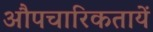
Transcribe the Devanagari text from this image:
औपचारिकतायें